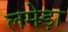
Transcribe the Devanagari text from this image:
लमेड़ा